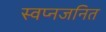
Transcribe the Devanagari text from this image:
स्वप्नजनित